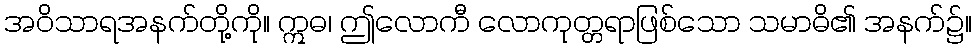
အဝိသာရအနက်တို့ကို။ ဣဓ၊ ဤလောကီ လောကုတ္တရာဖြစ်သော သမာဓိ၏ အနက်၌။